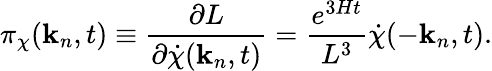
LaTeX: \pi_{\chi}({\mathbf k}_{n},t)\equiv\frac{\partial L}{\partial{\dot{\chi}}({\mathbf k}_{n},t)}=\frac{e^{3Ht}}{L^{3}}{\dot{\chi}}(-{\mathbf k}_{n},t).